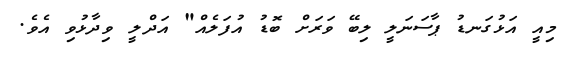
މިއީ އަޅުގަނޑު ޕާސަނަލީ ލިބޭ ވަރަށް ބޮޑު އުފަލެއް" އަދްލީ ވިދާޅުވި އެވެ.